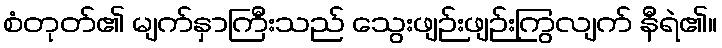
စံတုတ်၏ မျက်နှာကြီးသည် သွေးဖျဉ်းဖျဉ်းကြွလျက် နီရဲ၏။